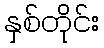
နှစ်တိုင်း